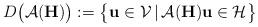
LaTeX: \begin{align*}D\big(\mathcal{A}(\mathbf{H})\big) := \big\{\mathbf{u} \in \mathcal{V} \,|\, \mathcal{A}(\mathbf{H}) \mathbf{u} \in \mathcal{H}\big\} \end{align*}